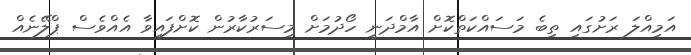
އަމިއްލަ ރަށުގައި ތިބެ މަސައްކަތްކޮށް އާމްދަނީ ހޯދުމަށް މިސަރުކާރުން ކޮށްފައިވާ އެއްވެސް ޕްލޭނެއް